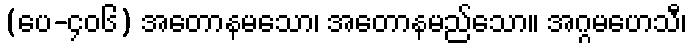
(ပေ-၄၀၆) အတောနမသော၊ အတောနမည်သော။ အဂ္ဂမဟေသိီ၊